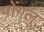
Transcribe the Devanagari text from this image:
पोंगल्